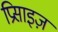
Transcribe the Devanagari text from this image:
प्रिसाइज़